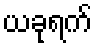
ယခုရက်